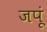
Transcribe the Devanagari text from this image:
जपूं